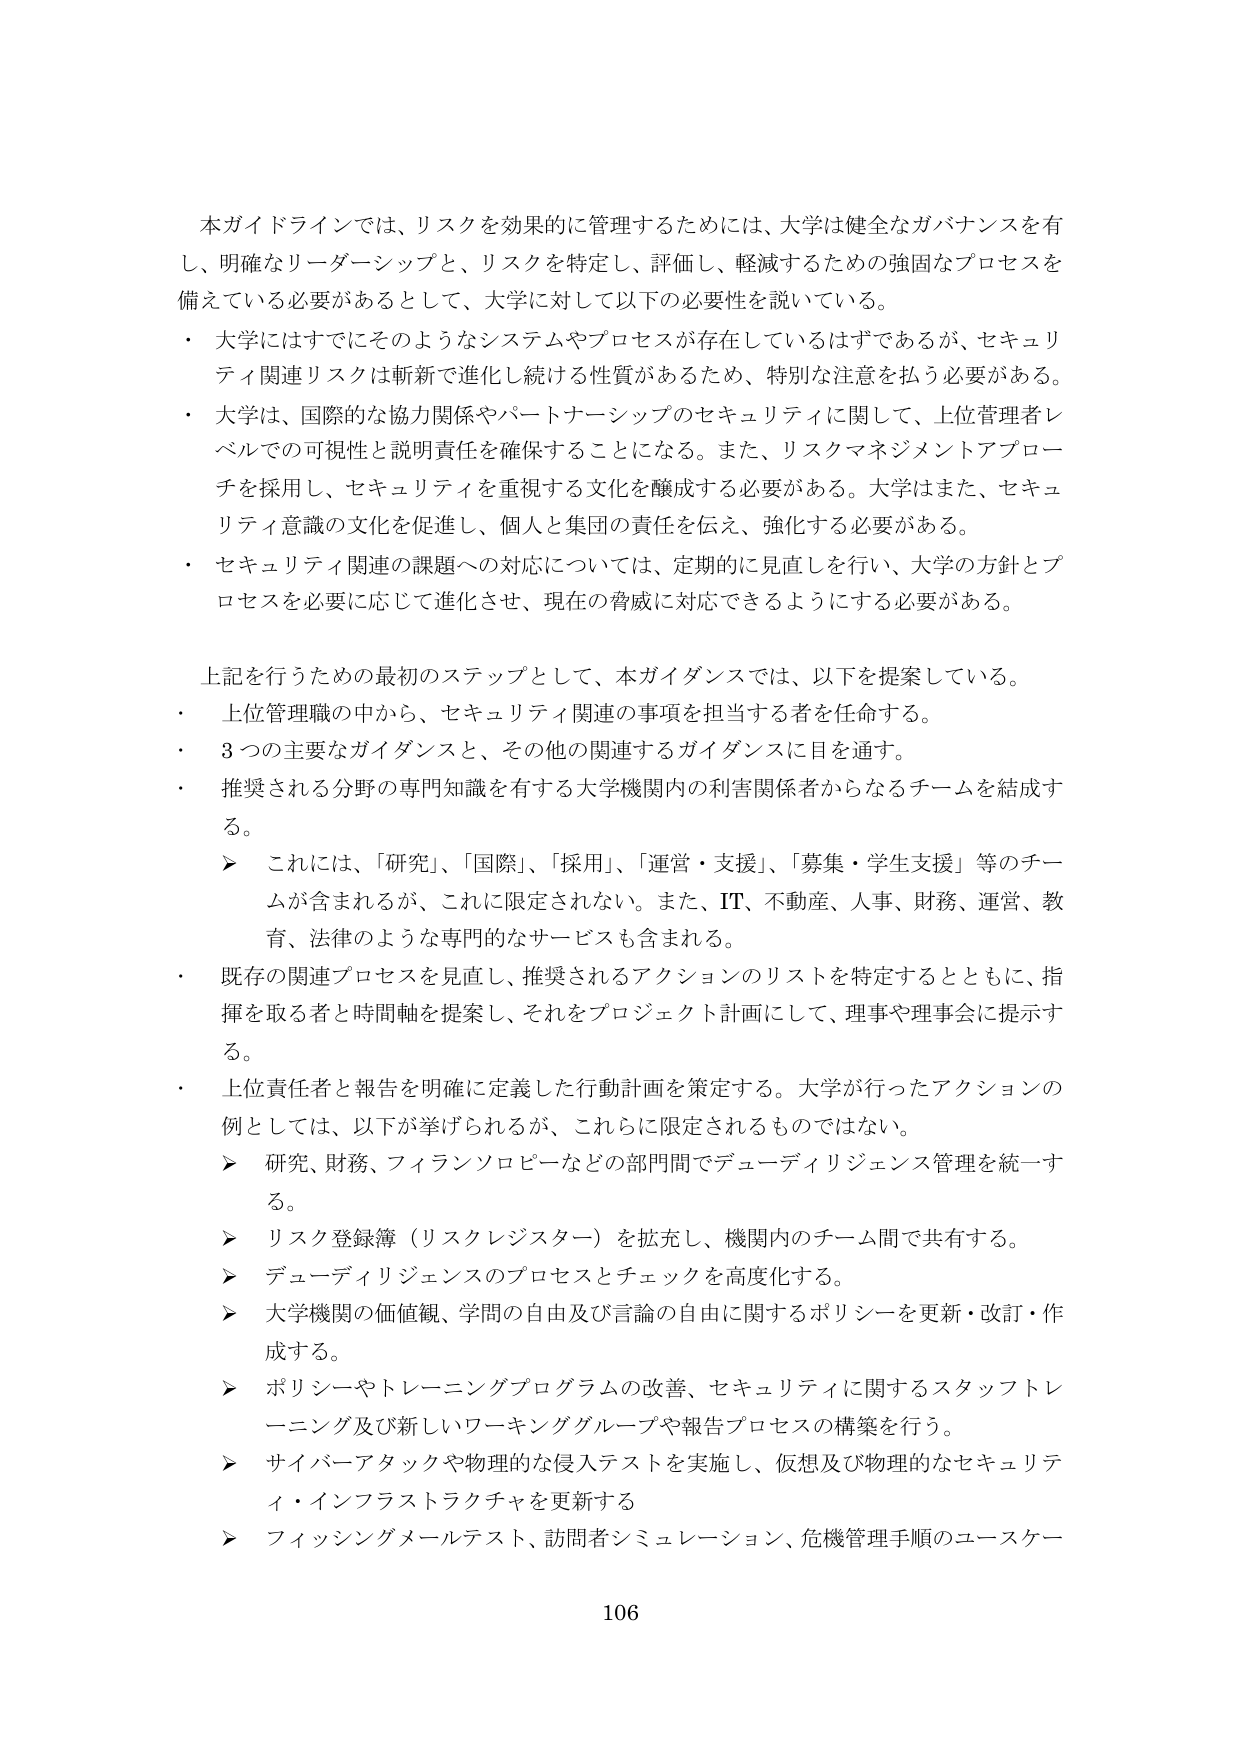
本ガイドラインでは、リスクを効果的に管理するためには、大学は健全なガバナンスを有し、明確なリーダーシップと、リスクを特定し、評価し、軽減するための強固なプロセスを備えている必要があるとして、大学に対して以下の必要性を説いている。

・ 大学にはすでにそのようなシステムやプロセスが存在しているはずであるが、セキュリティ関連リスクは斬新で進化し続ける性質があるため、特別な注意を払う必要がある。

・ 大学は、国際的な協力関係やパートナーシップのセキュリティに関して、上位管理者レベルでの可視性と説明責任を確保することになる。また、リスクマネジメントアプローチを採用し、セキュリティを重視する文化を醸成する必要がある。大学はまた、セキュリティ意識の文化を促進し、個人と集団の責任を伝え、強化する必要がある。

・ セキュリティ関連の課題への対応については、定期的に見直しを行い、大学の方針とプロセスを必要に応じて進化させ、現在の脅威に対応できるようにする必要がある。

上記を行うための最初のステップとして、本ガイダンスでは、以下を提案している。

・ 上位管理職の中から、セキュリティ関連の事項を担当する者を任命する。

・ 3つの主要なガイダンスと、その他の関連するガイダンスに目を通す。

・ 推奨される分野の専門知識を有する大学機関内の利害関係者からなるチームを結成する。

　　➤ これには、「研究」、「国際」、「採用」、「運営・支援」、「募集・学生支援」等のチームが含まれるが、これに限定されない。また、IT、不動産、人事、財務、運営、教育、法律のような専門的なサービスも含まれる。

・ 既存の関連プロセスを見直し、推奨されるアクションのリストを特定するとともに、指揮を取る者と時間軸を提案し、それをプロジェクト計画にして、理事や理事会に提示する。

・ 上位責任者と報告を明確に定義した行動計画を策定する。大学が行ったアクションの例としては、以下が挙げられるが、これらに限定されるものではない。

　　➤ 研究、財務、フィランソロピーなどの部門間でデューディリジェンス管理を統一する。

　　➤ リスク登録簿（リスクレジスター）を拡充し、機関内のチーム間で共有する。

　　➤ デューディリジェンスのプロセスとチェックを高度化する。

　　➤ 大学機関の価値観、学問の自由及び言論の自由に関するポリシーを更新・改訂・作成する。

　　➤ ポリシーやトレーニングプログラムの改善、セキュリティに関するスタッフトレーニング及び新しいワーキンググループや報告プロセスの構築を行う。

　　➤ サイバー攻撃や物理的な侵入テストを実施し、仮想及び物理的なセキュリティ・インフラストラクチャを更新する

　　➤ フィッシングメールテスト、訪問者シミュレーション、危機管理手順のユースケース

106